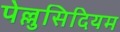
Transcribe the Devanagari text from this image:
पेल्लुसिदियम